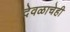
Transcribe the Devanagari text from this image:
देवळाचेही